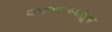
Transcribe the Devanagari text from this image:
वाचनालयांतून